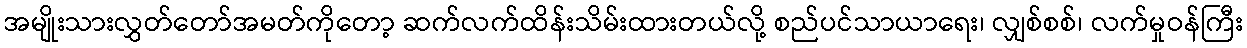
အမျိုးသားလွှတ်တော်အမတ်ကိုတော့ ဆက်လက်ထိန်းသိမ်းထားတယ်လို့ စည်ပင်သာယာရေး၊ လျှစ်စစ်၊ လက်မှုဝန်ကြီး